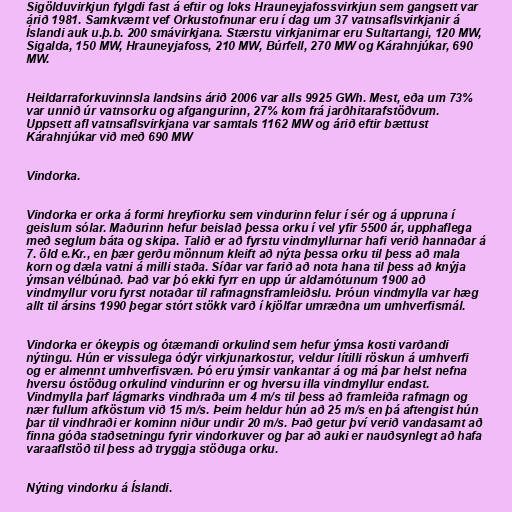
Sigölduvirkjun fylgdi fast á eftir og loks Hrauneyjafossvirkjun sem gangsett var
árið 1981. Samkvæmt vef Orkustofnunar eru í dag um 37 vatnsaflsvirkjanir á
Íslandi auk u.þ.b. 200 smávirkjana. Stærstu virkjanirnar eru Sultartangi, 120 MW,
Sigalda, 150 MW, Hrauneyjafoss, 210 MW, Búrfell, 270 MW og Kárahnjúkar, 690
MW.

Heildarraforkuvinnsla landsins árið 2006 var alls 9925 GWh. Mest, eða um 73%
var unnið úr vatnsorku og afgangurinn, 27% kom frá jarðhitarafstöðvum.
Uppsett afl vatnsaflsvirkjana var samtals 1162 MW og árið eftir bættust
Kárahnjúkar við með 690 MW

Vindorka.

Vindorka er orka á formi hreyfiorku sem vindurinn felur í sér og á uppruna í
geislum sólar. Maðurinn hefur beislað þessa orku í vel yfir 5500 ár, upphaflega
með seglum báta og skipa. Talið er að fyrstu vindmyllurnar hafi verið hannaðar á
7. öld e.Kr., en þær gerðu mönnum kleift að nýta þessa orku til þess að mala
korn og dæla vatni á milli staða. Síðar var farið að nota hana til þess að knýja
ýmsan vélbúnað. Það var þó ekki fyrr en upp úr aldamótunum 1900 að
vindmyllur voru fyrst notaðar til rafmagnsframleiðslu. Þróun vindmylla var hæg
allt til ársins 1990 þegar stórt stökk varð í kjölfar umræðna um umhverfismál.

Vindorka er ókeypis og ótæmandi orkulind sem hefur ýmsa kosti varðandi
nýtingu. Hún er vissulega ódýr virkjunarkostur, veldur lítilli röskun á umhverfi
og er almennt umhverfisvæn. Þó eru ýmsir vankantar á og má þar helst nefna
hversu óstöðug orkulind vindurinn er og hversu illa vindmyllur endast.
Vindmylla þarf lágmarks vindhraða um 4 m/s til þess að framleiða rafmagn og
nær fullum afköstum við 15 m/s. Þeim heldur hún að 25 m/s en þá aftengist hún
þar til vindhraði er kominn niður undir 20 m/s. Það getur því verið vandasamt að
finna góða staðsetningu fyrir vindorkuver og þar að auki er nauðsynlegt að hafa
varaaflstöð til þess að tryggja stöðuga orku.

Nýting vindorku á Íslandi.